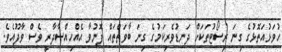
ހުވަޅުއަތޮޅުގެ ގިނަ ރިސޯޓުތަކަށް ދަނޑުވެރިކަމުގެ ގިނަ ބާވަތްތައް ފޮނުވާ އެއްހިއްސާދާރީ ވެސް ވާދޫއެވެ.